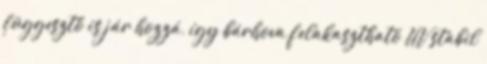
függesztő is jár hozzá, így bárhova felakasztható UV stabil